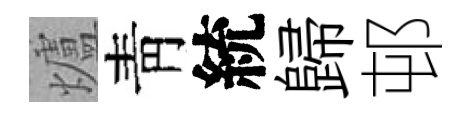
爐靑統歸邨